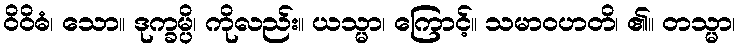
ဝိဝိဓံ၊ သော။ ဒုက္ခမ္ပိ၊ ကိုလည်း။ ယသ္မာ၊ ကြောင့်။ သမာဝဟတိ၊ ၏။ တသ္မာ၊